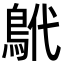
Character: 鴏